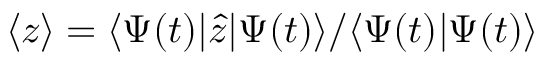
\langle z \rangle = \langle \Psi ( t ) \vert \hat { z } \vert \Psi ( t ) \rangle / \langle \Psi ( t ) \vert \Psi ( t ) \rangle